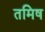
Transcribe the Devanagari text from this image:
तमिष